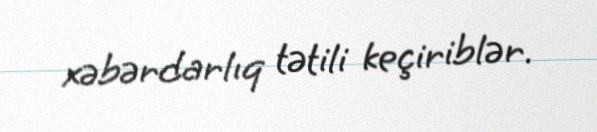
xəbərdarlıq tətili keçiriblər.